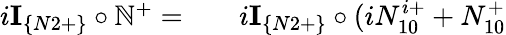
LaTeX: \begin{array}{rlr}{i\textbf{I}_{\{ N2+\} }\circ\mathbb{N}^{+}=}&{{}}&{i\textbf{I}_{\{ N2+\} }\circ(iN_{10}^{i+}+N_{10}^{+}}\end{array}